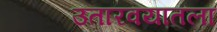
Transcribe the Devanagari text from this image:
उतारवयातला